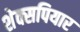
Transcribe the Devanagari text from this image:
शेक्सपियार